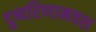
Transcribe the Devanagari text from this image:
दुष्परिणामवश